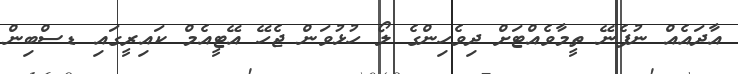
އާދައެއް ނުފެނޭ ތީމާވެއްޓަށް ދިވެހިންގެ ލޯ ހުޅުވަން ޖެހޭ އޭޓީއެމް ކައިރީގައި ޑސްބިން